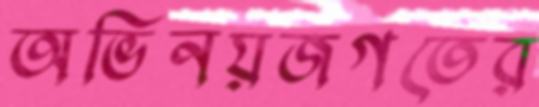
অভিনয়জগতের